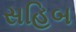
સહિબ